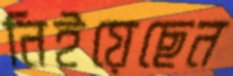
নিইয়েছেন